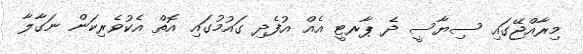
މިރާއްޖޭގައި ސިޔާސީ ދެ ޕާރޓީ އެއް އުފެދި ގައުމުގައި އޮތް އެކުވެރިކަން ނަގާލާ